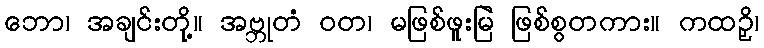
ဘော၊ အချင်းတို့။ အဗ္ဘုတံ ဝတ၊ မဖြစ်ဖူးမြဲ ဖြစ်စွတကား။ ကထဉှိ၊